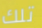
تلك